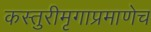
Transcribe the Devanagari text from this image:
कस्तुरीमृगाप्रमाणेच